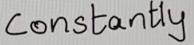
Constantly